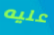
عليه